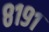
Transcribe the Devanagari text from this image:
८१९१